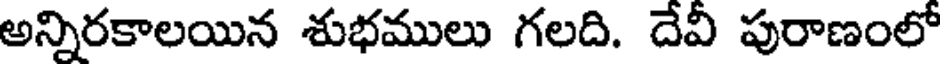
అన్నిరకాలయిన శుభములు గలది. దేవీ పురాణంలో